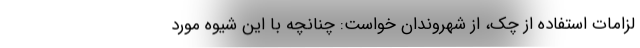
لزامات استفاده از چک، از شهروندان خواست: چنانچه با این شیوه مورد